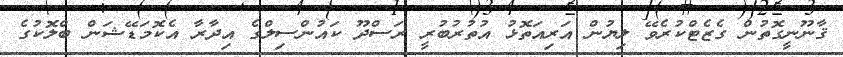
ޤާނޫނީގޮތުން ގެޒެޓްކުރެވޭ ލިޔުން އަރިއަތޮޅު އުތުރުބުރީ ރަސްދޫ ކައުންސިލްގެ އިދާރާ އެކޮމަޑޭޝަން ބްލޮކުގެ